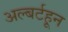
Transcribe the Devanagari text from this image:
अल्बर्टहून